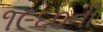
૧૯૬૦ની